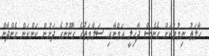
ހާލަތު ނިމުމަކަށް ގެނެސް ދާހިލީ އަމްނާއި ސަލާމަތުގެ ގާނޫނުގެ ދަށުން ކަންކަން ގެންދާން